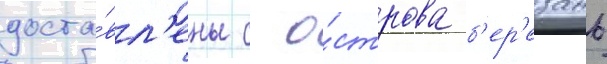
доста́вл'ены с о́строва б'ер'езань